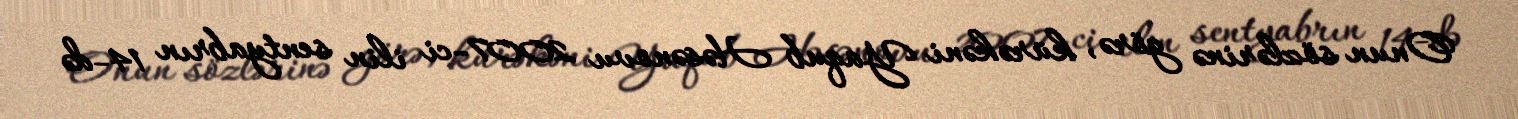
Onun sözlərinə görə, kürəkəni Yaqub Həsənovu 2007-ci ilin sentyabrın 14-də